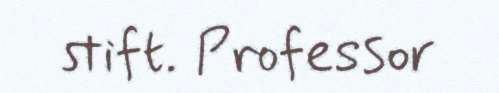
stift. Professor